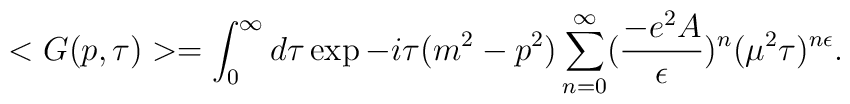
<G(p,\tau)> = \int_0^\infty d\tau \exp{-i \tau (m^2-p^2)} \sum_{n=0}^\infty(\frac{-e^2 A}{\epsilon})^n (\mu^2 \tau)^{n \epsilon}.